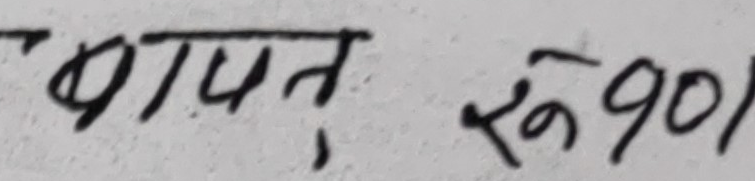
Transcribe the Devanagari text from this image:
खापत रू 90)